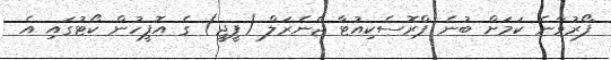
ފޯރުވާނެ ކަމަށް ބުނެ ޕްރޮސެކިއުޓާ ޖެނެރަލް (ޕީޖީ) ގެ އޮފީހުން ކޯޓުގައި އެ